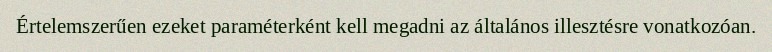
Értelemszerűen ezeket paraméterként kell megadni az általános illesztésre vonatkozóan.